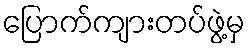
ပြောက်ကျားတပ်ဖွဲ့မှ